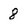
Character: 8